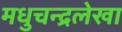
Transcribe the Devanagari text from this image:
मधुचन्द्रलेखा